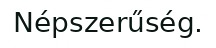
Népszerűség.